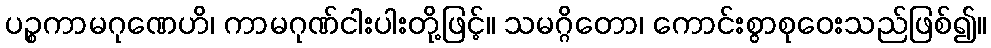
ပဉ္စကာမဂုဏေဟိ၊ ကာမဂုဏ်ငါးပါးတို့ဖြင့်။ သမဂ္ဂိတော၊ ကောင်းစွာစုဝေးသည်ဖြစ်၍။